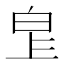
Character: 𤽓